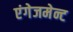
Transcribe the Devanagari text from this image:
एंगेजमेन्ट